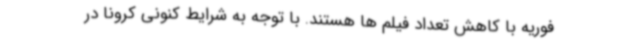
فوریه با کاهش تعداد فیلم ها هستند. با توجه به شرایط کنونی کرونا در